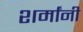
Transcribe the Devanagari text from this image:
शर्मांनी